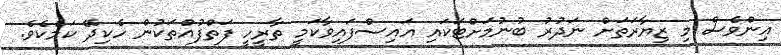
އިންވެސް މި ޒިޔާރަތަށް ނަދުރު ބުނުމަށްޓަކައި އައިސްފައިވާކަމީ ތާރީހީ ފަތްފުއްތަކުން ހެކިދޭ ކަމެކެވެ.